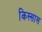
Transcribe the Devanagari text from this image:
किस्सास